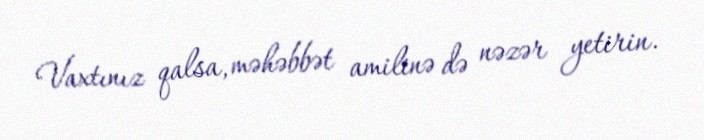
Vaxtınız qalsa, məhəbbət amilinə də nəzər yetirin.